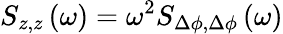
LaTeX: S_{z,z}\left(\omega\right)=\omega^{2}S_{\Delta\phi,\Delta\phi}\left(\omega\right)